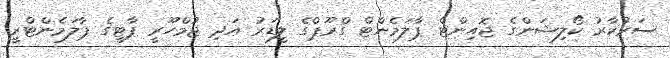
ސަރުކާރު ކޯލިޝަންގެ ޖޮއިންޓް ޕާލަމެންޓް ގްރޫޕްގެ ލީޑަރު އަދި ޖުމްހޫރީ ޕާޓީގެ ޕާލަމެންޓްރީ